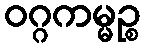
ဝဂ္ဂကမ္မဉ္စ